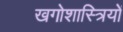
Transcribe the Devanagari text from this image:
खगोशास्त्रियों